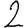
Digit: 2